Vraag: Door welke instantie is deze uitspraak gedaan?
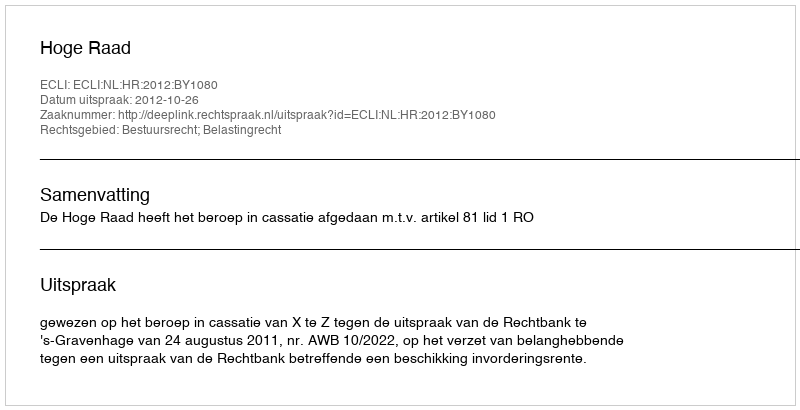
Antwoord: Hoge Raad